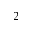
_ { 2 }